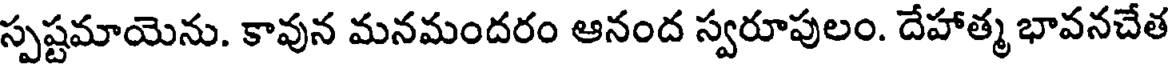
స్పష్టమాయెను. కావున మనమందరం ఆనంద స్వరూపులం. దేహాత్మ భావనచేత